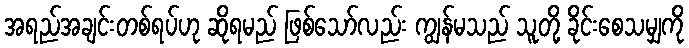
အရည်အချင်းတစ်ရပ်ဟု ဆိုရမည် ဖြစ်သော်လည်း ကျွန်မသည် သူတို့ ခိုင်းစေသမျှကို